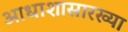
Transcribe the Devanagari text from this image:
आधाशासारख्या